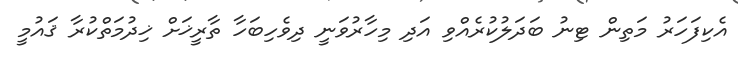
އެކިފަހަރު މަތިން ޓިނު ބަދަލުކުރެއްވި އަދި މިހާރުވަނީ ދިވެހިބަހާ ތާރީޚަށް ޚިދުމަތްކުރާ ޤައުމީ